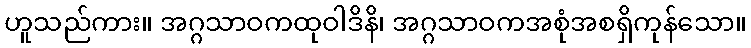
ဟူသည်ကား။ အဂ္ဂသာဝကထုဝါဒိနိ၊ အဂ္ဂသာဝကအစုံအစရှိကုန်သော။